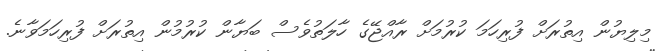
މިލިޔުން އިތުރަށް ފުރިހަމަ ކުރުމަށް ރާއްޖޭގެ ހާލަތުވެސް ބަޔާން ކުރުމުން އިތުރަށް ފުރިހަމަވާނެ.